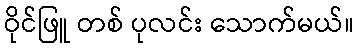
ဝိုင်ဖြူ တစ် ပုလင်း သောက်မယ်။